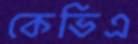
কেভিএ